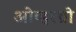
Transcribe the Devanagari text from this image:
ओव्हरथ्रो